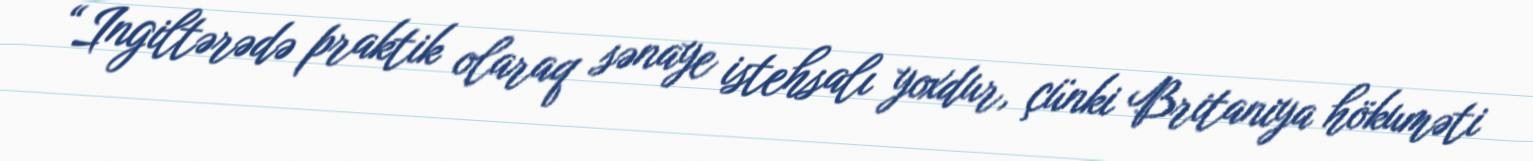
“Ingiltərədə praktik olaraq sənaye istehsalı yoxdur, çünki Britaniya hökuməti